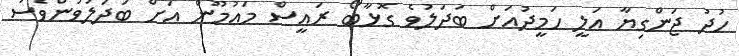
ހުދު ޖަންގިޔާ އަލީ ހަމީދުއަށް ބަދަލުވެ ގޮޅާބޯ ރައީސް މަޢުމޫން އަށް ބަދަލުވުންވެސަ